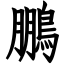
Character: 鵬